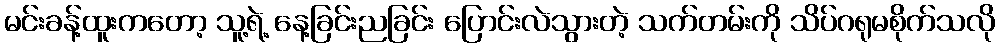
မင်းခန့်ထူးကတော့ သူ့ရဲ့ နေ့ခြင်းညခြင်း ပြောင်းလဲသွားတဲ့ သက်တမ်းကို သိပ်ဂရုမစိုက်သလို